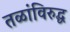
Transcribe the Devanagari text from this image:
तळांविरुद्ध